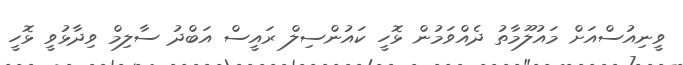
ވީނިއުސްއަށް މައުލޫމާތު ދެއްވަމުން ޅޮހީ ކައުންސިލް ރައީސް އަބްދު ސާލިމް ވިދާޅުވީ ޅޮހީ